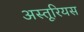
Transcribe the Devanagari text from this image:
अस्तूरियस